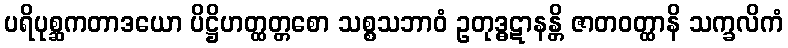
ပရိပုစ္ဆကတာဒယော ပိဋ္ဌိဟတ္ထတ္တစော သစ္စသဘာဝံ ဥတုဒ္ဓဋာနန္တိ ဇာတဝတ္ထာနိ သက္ခလိကံ